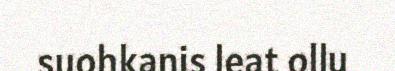
suohkanis leat ollu